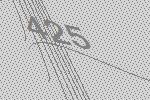
425